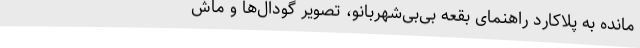
مانده به پلاکارد راهنمای بقعه بی‌بی‌شهربانو، تصویر گودال‌ها و ماش